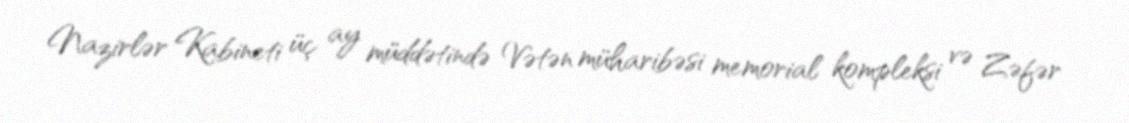
Nazirlər Kabineti üç ay müddətində Vətən müharibəsi memorial kompleksi və Zəfər